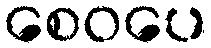
စေဝပေ